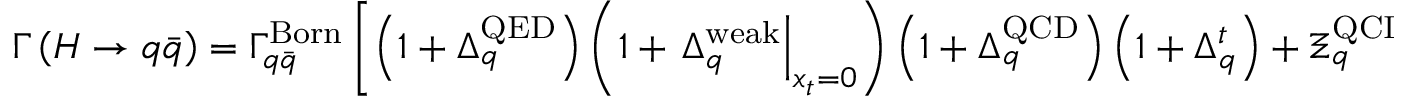
\Gamma \left( H \to q \bar { q } \right) = \Gamma _ { q \bar { q } } ^ { \mathrm { B o r n } } \left[ \left( 1 + \Delta _ { q } ^ { \mathrm { Q E D } } \right) \left( 1 + \left. \Delta _ { q } ^ { \mathrm { w e a k } } \right| _ { x _ { t } = 0 } \right) \left( 1 + \Delta _ { q } ^ { \mathrm { Q C D } } \right) \left( 1 + \Delta _ { q } ^ { t } \right) + \Xi _ { q } ^ { \mathrm { Q C D } } \Xi _ { q } ^ { t } \right] ,